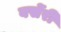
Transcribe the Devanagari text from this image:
बर्सेरी